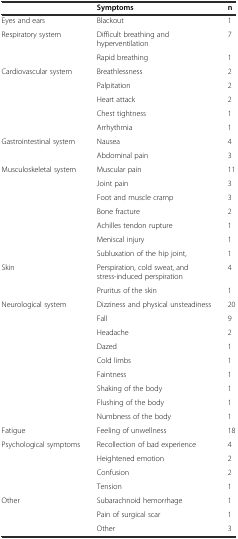
|  | Symptoms | n |
 | --- | --- | --- |
 | Eyes and ears | Blackout | 1 |
 | Respiratory system | Difficult breathing and hyperventilation | 7 |
 |  | Rapid breathing | 1 |
 | Cardiovascular system | Breathlessness | 2 |
 |  | Palpitation | 2 |
 |  | Heart attack | 2 |
 |  | Chest tightness | 1 |
 |  | Arrhythmia | 1 |
 | Gastrointestinal system | Nausea | 4 |
 |  | Abdominal pain | 3 |
 | Musculoskeletal system | Muscular pain | 11 |
 |  | Joint pain | 3 |
 |  | Foot and muscle cramp | 3 |
 |  | Bone fracture | 2 |
 |  | Achilles tendon rupture | 1 |
 |  | Meniscal injury | 1 |
 |  | Subluxation of the hip joint, | 1 |
 | Skin | Perspiration, cold sweat, and stress-induced perspiration | 4 |
 |  | Pruritus of the skin | 1 |
 | Neurological system | Dizziness and physical unsteadiness | 20 |
 |  | Fall | 9 |
 |  | Headache | 2 |
 |  | Dazed | 1 |
 |  | Cold limbs | 1 |
 |  | Faintness | 1 |
 |  | Shaking of the body | 1 |
 |  | Flushing of the body | 1 |
 |  | Numbness of the body | 1 |
 | Fatigue | Feeling of unwellness | 18 |
 | Psychological symptoms | Recollection of bad experience | 4 |
 |  | Heightened emotion | 2 |
 |  | Confusion | 2 |
 |  | Tension | 1 |
 | Other | Subarachnoid hemorrhage | 1 |
 |  | Pain of surgical scar | 1 |
 |  | Other | 3 |